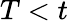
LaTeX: T<t